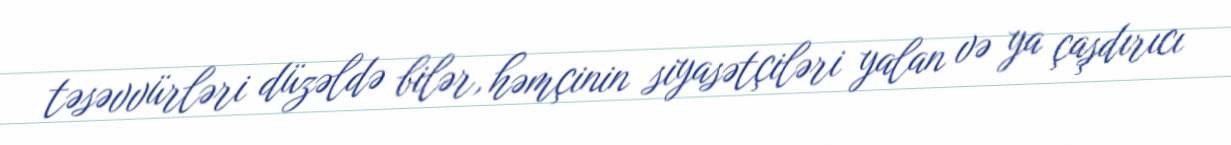
təsəvvürləri düzəldə bilər, həmçinin siyasətçiləri yalan və ya çaşdırıcı